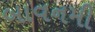
બાવનમી